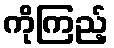
ကိုကြည့်